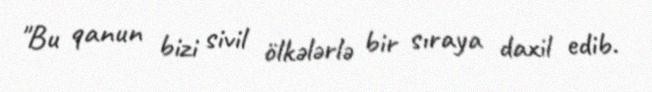
"Bu qanun bizi sivil ölkələrlə bir sıraya daxil edib.